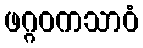
ဖဂ္ဂဝကသာဝံ